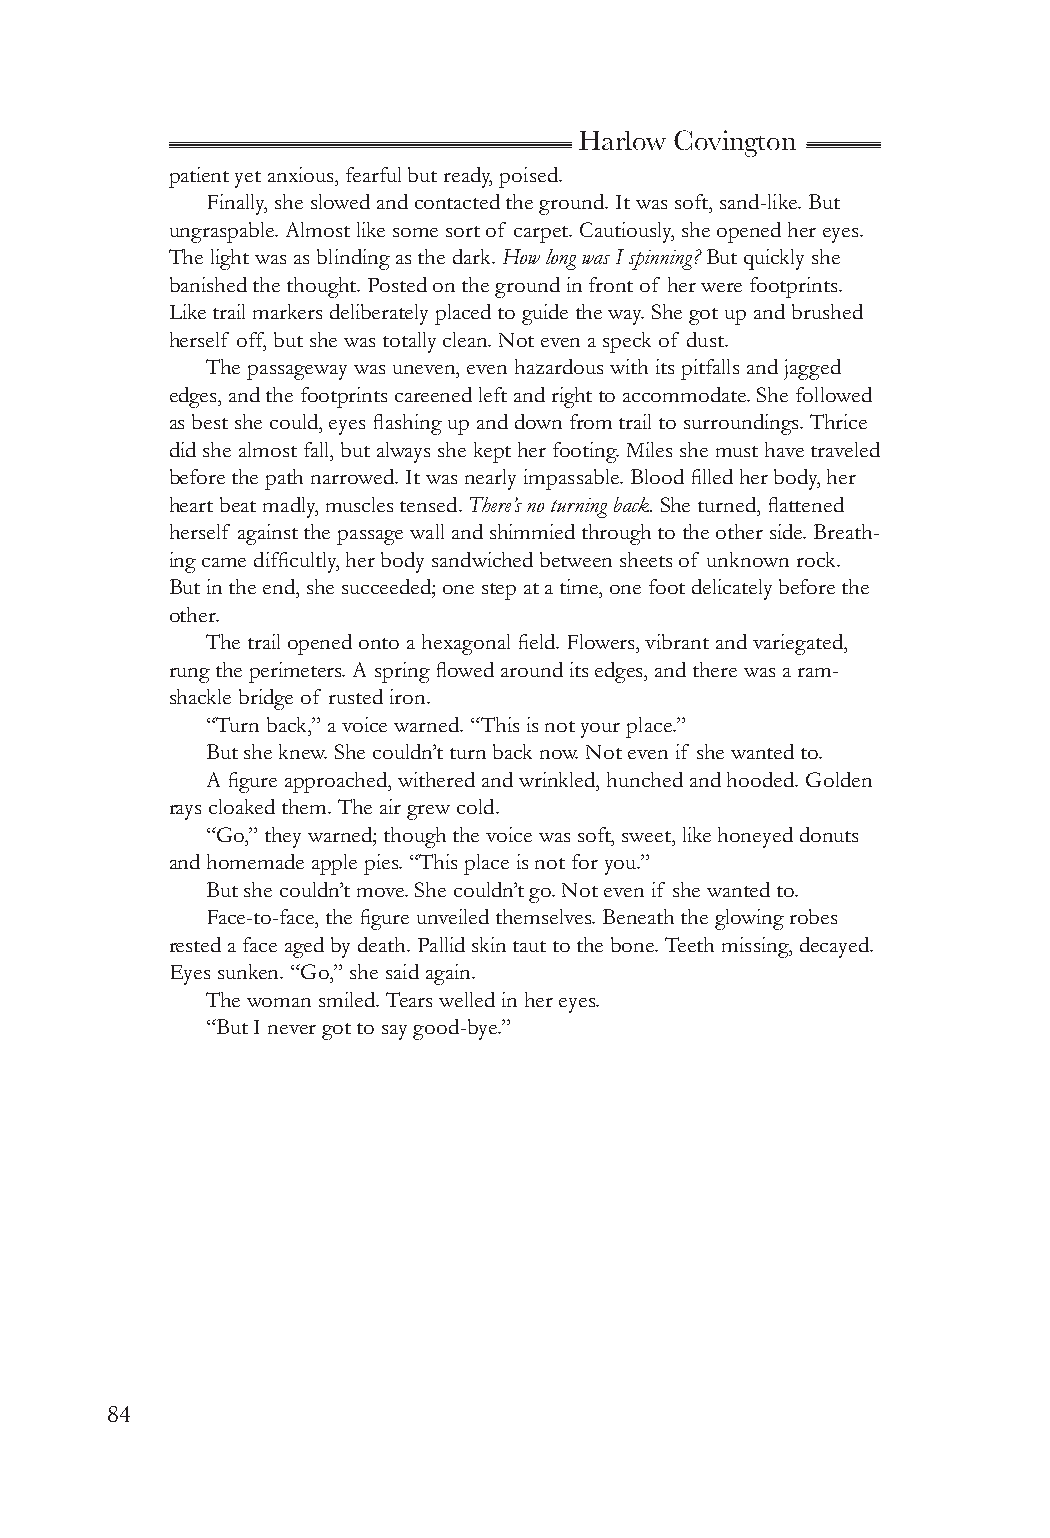
Harlow Covington
 patient yet anxious, fearful but ready, poised.
 Finally, she slowed and contacted the ground. It was soft, sand-like. But
 ungraspable. Almost like some sort of carpet. Cautiously, she opened her eyes.
 The light was as blinding as the dark. How long was I spinning? But quickly she
 banished the thought. Posted on the ground in front of her were footprints.
 Like trail markers deliberately placed to guide the way. She got up and brushed
 herself off, but she was totally clean. Not even a speck of dust.
 The passageway was uneven, even hazardous with its pitfalls and jagged
 edges, and the footprints careened left and right to accommodate. She followed
 as best she could, eyes flashing up and down from trail to surroundings. Thrice
 did she almost fall, but always she kept her footing. Miles she must have traveled
 before the path narrowed. It was nearly impassable. Blood filled her body, her
 heart beat madly, muscles tensed. There’s no turning back. She turned, flattened
 herself against the passage wall and shimmied through to the other side. Breath-
 ing came difficultly, her body sandwiched between sheets of unknown rock.
 But in the end, she succeeded; one step at a time, one foot delicately before the
 other.
 The trail opened onto a hexagonal field. Flowers, vibrant and variegated,
 rung the perimeters. A spring flowed around its edges, and there was a ram-
 shackle bridge of rusted iron.
 “Turn back,” a voice warned. “This is not your place.”
 But she knew. She couldn’t turn back now. Not even if she wanted to.
 A figure approached, withered and wrinkled, hunched and hooded. Golden
 rays cloaked them. The air grew cold.
 “Go,” they warned; though the voice was soft, sweet, like honeyed donuts
 and homemade apple pies. “This place is not for you.”
 But she couldn’t move. She couldn’t go. Not even if she wanted to.
 Face-to-face, the figure unveiled themselves. Beneath the glowing robes
 rested a face aged by death. Pallid skin taut to the bone. Teeth missing, decayed.
 Eyes sunken. “Go,” she said again.
 The woman smiled. Tears welled in her eyes.
 “But I never got to say good-bye.”
 84